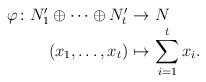
LaTeX: \begin{align*}\begin{array}{r@{\ }c@{\ }l}\varphi\colon N'_1\oplus\cdots\oplus N'_t &\to&N\\(x_1,\ldots,x_t) &\mapsto&{\displaystyle\sum_{i=1}^{t}x_i}.\end{array}\end{align*}